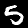
Label: 5